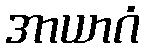
အာယာဂံ